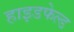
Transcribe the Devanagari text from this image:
हाइडफेल्ड